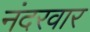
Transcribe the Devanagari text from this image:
नंदरवार